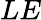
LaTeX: LE